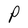
Character: P